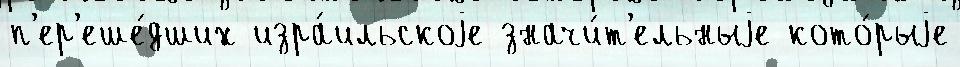
п'ер'еше́дших изра́ильскоjе значи́т'ельныjе кото́рыjе